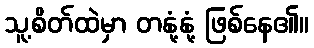
သူ့စိတ်ထဲမှာ တနုံ့နုံ့ ဖြစ်နေ၏။